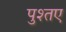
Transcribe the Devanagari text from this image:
पुश्तए